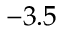
- 3 . 5